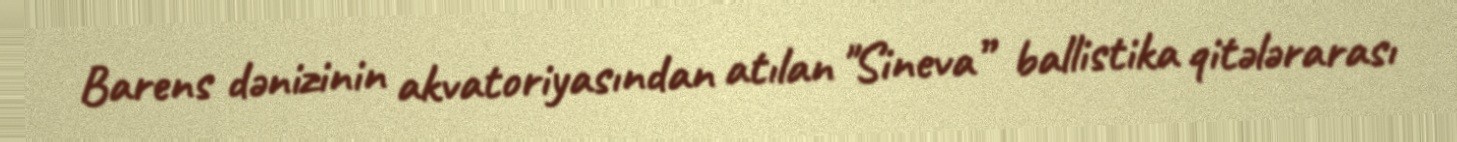
Barens dənizinin akvatoriyasından atılan "Sineva” ballistika qitələrarası